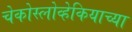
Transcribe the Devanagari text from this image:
चेकोस्लोव्हेकियाच्या